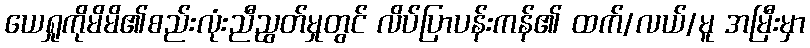
ယေရှုကိုမိမိ၏စည်းလုံးညီညွတ်မှုတွင် လိပ်ပြာပန်းကန်၏ ထက်/လယ်/မူ အမြီးမှာ